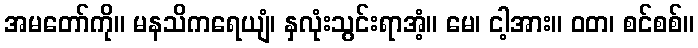
အမတော်ကို။ မနသိကရေယျံ၊ နှလုံးသွင်းရာအံ့။ မေ၊ ငါ့အား။ ဝတ၊ စင်စစ်။